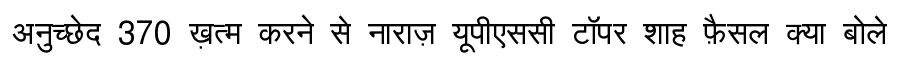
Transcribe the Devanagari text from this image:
अनुच्छेद 370 ख़त्म करने से नाराज़ यूपीएससी टॉपर शाह फ़ैसल क्या बोले